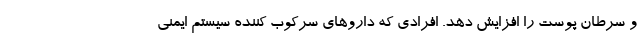
و سرطان پوست را افزایش دهد. افرادی که داروهای سرکوب کننده سیستم ایمنی